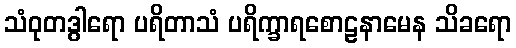
သံဝုတဒွါရော ပရိတာသံ ပရိက္ခာရစောဠနာမေန သိခရော